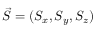
\vec { S } = ( S _ { x } , S _ { y } , S _ { z } )